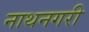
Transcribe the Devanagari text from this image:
नाथनगरी